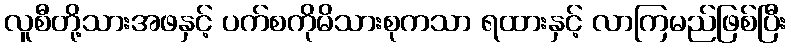
လူစီတို့သားအဖနှင့် ပက်စကိုမိသားစုကသာ ရထားနှင့် လာကြမည်ဖြစ်ပြီး